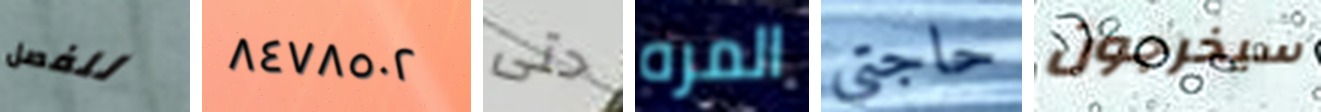
للفصل ٨٤٧٨٥٠٢ حتى المره حاجتي سيخرجون